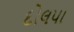
દોલપા